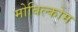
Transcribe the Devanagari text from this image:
मोबिल्कोम